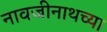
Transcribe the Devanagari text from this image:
नावजीनाथच्या